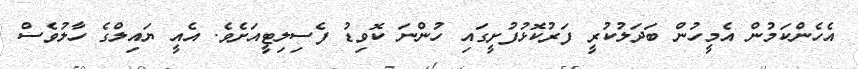
އެހެންކަމުން އެމީހުން ބަދަލުކުރީ ފަރުކޮޅުފުށީގައި ހުންނަ ކޮވިޑު ފެސިލިޓީއަށެވެ. އެއީ ޔައިލްގެ ހާލުވެސް